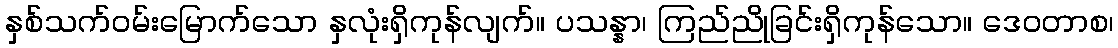
နှစ်သက်ဝမ်းမြောက်သော နှလုံးရှိကုန်လျက်။ ပသန္နာ၊ ကြည်ညိုခြင်းရှိကုန်သော။ ဒေဝတာစ၊